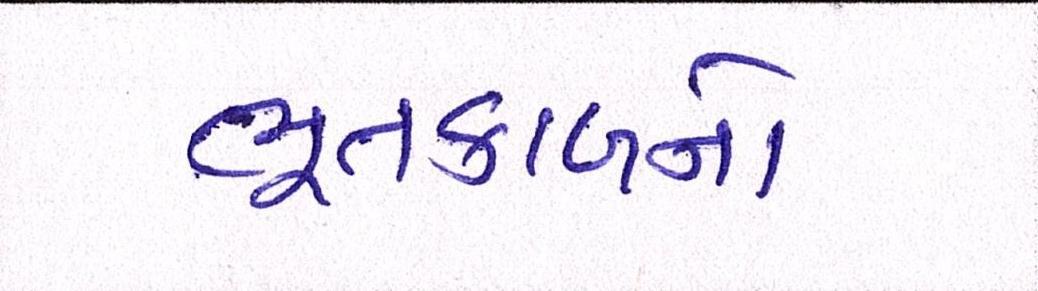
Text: ભૂતકાળનો